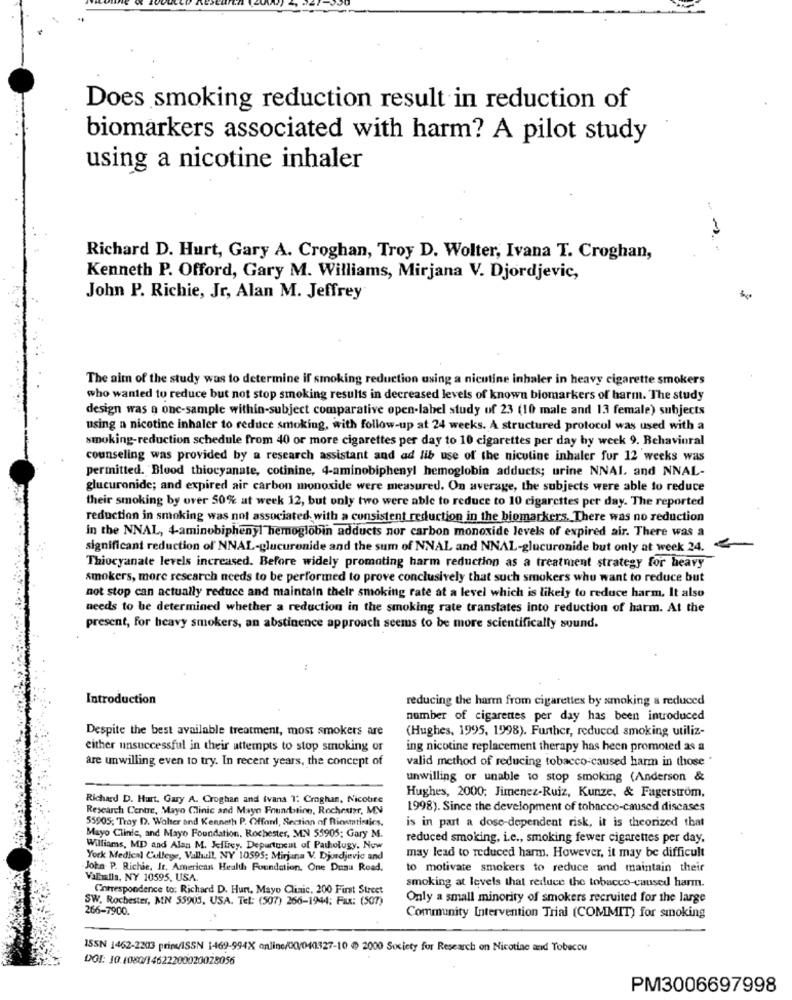
Does smoking reduction result in reduction of
biomarkers associated with harm? A pilot study
using a nicotine inhaler
Richard D. Hurt, Gary A. Croghan, Troy D. Wolter, Ivana T. Croghan,
Kenneth P. Offord, Gary M. Williams, Mirjana V. Djordjevic,
John P. Richie, Jr, Alan M. Jeffrey
The aim of the study was to determine if smoking reduction using a nicotine inhaler in heavy cigarette smokers
who wanted to reduce but not stop smoking results in decreased levels of known biomarkers of harm. The study
design was a one-sample within-subject comparative open-label study of 23 (10 male and 13 female) subjects
using a nicotine inhaler to reduce smoking, with follow-up at 24 weeks. A structured protocol was used with a
smoking-reduction schedule from 40 or more cigarettes per day to 10 cigarettes per day hy week 9. Behavioral
counseling was provided by a research assistant and ad lib use of the nicotine inhaler fur 12 weeks was
permitted. Blood thiocyanate, cotinine, 4-aminobiphenyl hemoglobin adducts; urine NNAI, and NNAL-
glucuronide; and expired air carbon monoxide were measured. On average, the subjects were able to reduce
their smoking by over 50% at week 12, but only two were able to reduce to 10 cigarettes per day. The reported
reduction in smoking was not associated, with a consistent reduction in the biomarkers. There was no reduction
in the NNAL, 4-aminobiphenyl hemoglobin adducts nor carbon monoxide levels of expired air. There was a
significant reduction of' NNAL-glucuronide and the sum of NNAL and NNAL-glucuronide but only at week 24.
Thiocyanate levels increased. Before widely promoting harm reduction as a treatment strategy for heavy
smokers, more research needs to be performed to prove conclusively that such smokers who want to reduce but
not stop can actually reduce and maintain their smoking rate at a level which is likely to reduce harm. It also
needs to be determined whether a reduction in the smoking rate translates into reduction of harm. At the
present, for heavy smokers, an abstinence approach seems to be more scientifically sound.
Introduction
reducing the harm from cigarettes by smoking a reduced
number of cigarettes per day has been introduced
Despite the best available treatment, most smokers are
(Hughes, 1995, 1998). Further, reduced smoking utiliz-
either unsuccessful in their attempts to stop smoking or
ing nicotine replacement therapy has been promoted as a
are unwilling even to try. In recent years, the concept of
valid method of reducing tobacco-caused harm in those "
unwilling or unable to stop smoking (Anderson &
Richard D. Hurt, Gary A. Croghan and ivana 1: Croghan, Nicotire
Hughes, 2000; Jimenez-Ruiz, Kunze, & Fagerstrom,
Research Centre, Mayo Clinic and Mayo Foundation, Rochester, MN
1998). Since the development of tobacco-caused diseases
55905, Tray D. Walter and Kenneth P. Offand, Section of Riostatistics,
is in part a dose-dependent risk, it is theorized that
Mayo Clinic, and Mayo Foundation, Rochester, MN 55905; Gary M.
reduced smoking, i.e ., smoking fewer cigarettes per day,
Williams, MD and Alan M. Jeffrey. Department of Pathology. Now
York Medical College, Valhall, NY 10595; Mirjana V. Djordjevic and
may lead to reduced harm. However, it may be difficult
John P. Richie, Ir, American Health Foundation. One Dazu Road.
to motivate smokers to reduce and maintain their
Valhalla, NY 10595, USA.
Correspondence to: Richard D. Hunt, Mayo Clinic, 200 First Street
smoking at levels that reduce the tobacco-caused harm.
SW. Rochester, MN 55905, USA. Tel: (507) 266-1944: Fax: (507)
Only a small minority of smokers recruited for the large
266-7900.
Community Intervention Trial (COMMIT) for smoking
ISSN 1462-2203 prins/ISSN 1469-994X online/00/040327-10 ) 2000 Society for Research on Nicotine and Tobecou
DOI: 10.1080/14622200020028056
PM3006697998